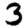
Digit: 3